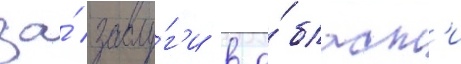
за́ заслу́г'и в о́бласт'и